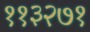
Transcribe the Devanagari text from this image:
११३२७१